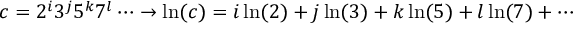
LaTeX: c = 2 ^ { i } 3 ^ { j } 5 ^ { k } 7 ^ { l } \cdots \rightarrow \ln ( c ) = i \ln ( 2 ) + j \ln ( 3 ) + k \ln ( 5 ) + l \ln ( 7 ) + \cdots